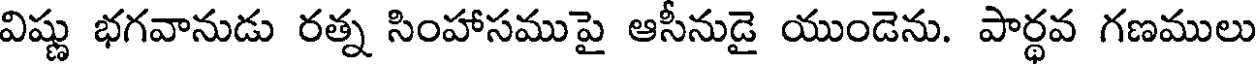
విష్ణు భగవానుడు రత్న సింహాసముపై ఆసీనుడై యుండెను. పార్థవ గణములు